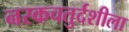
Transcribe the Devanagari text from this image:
नरकचतुर्दशीला